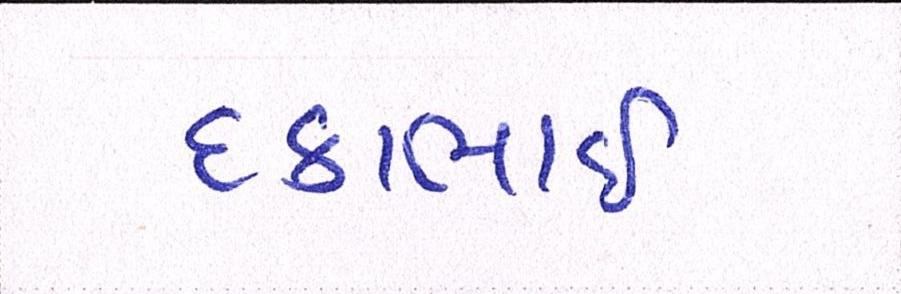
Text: દકાભાઈ